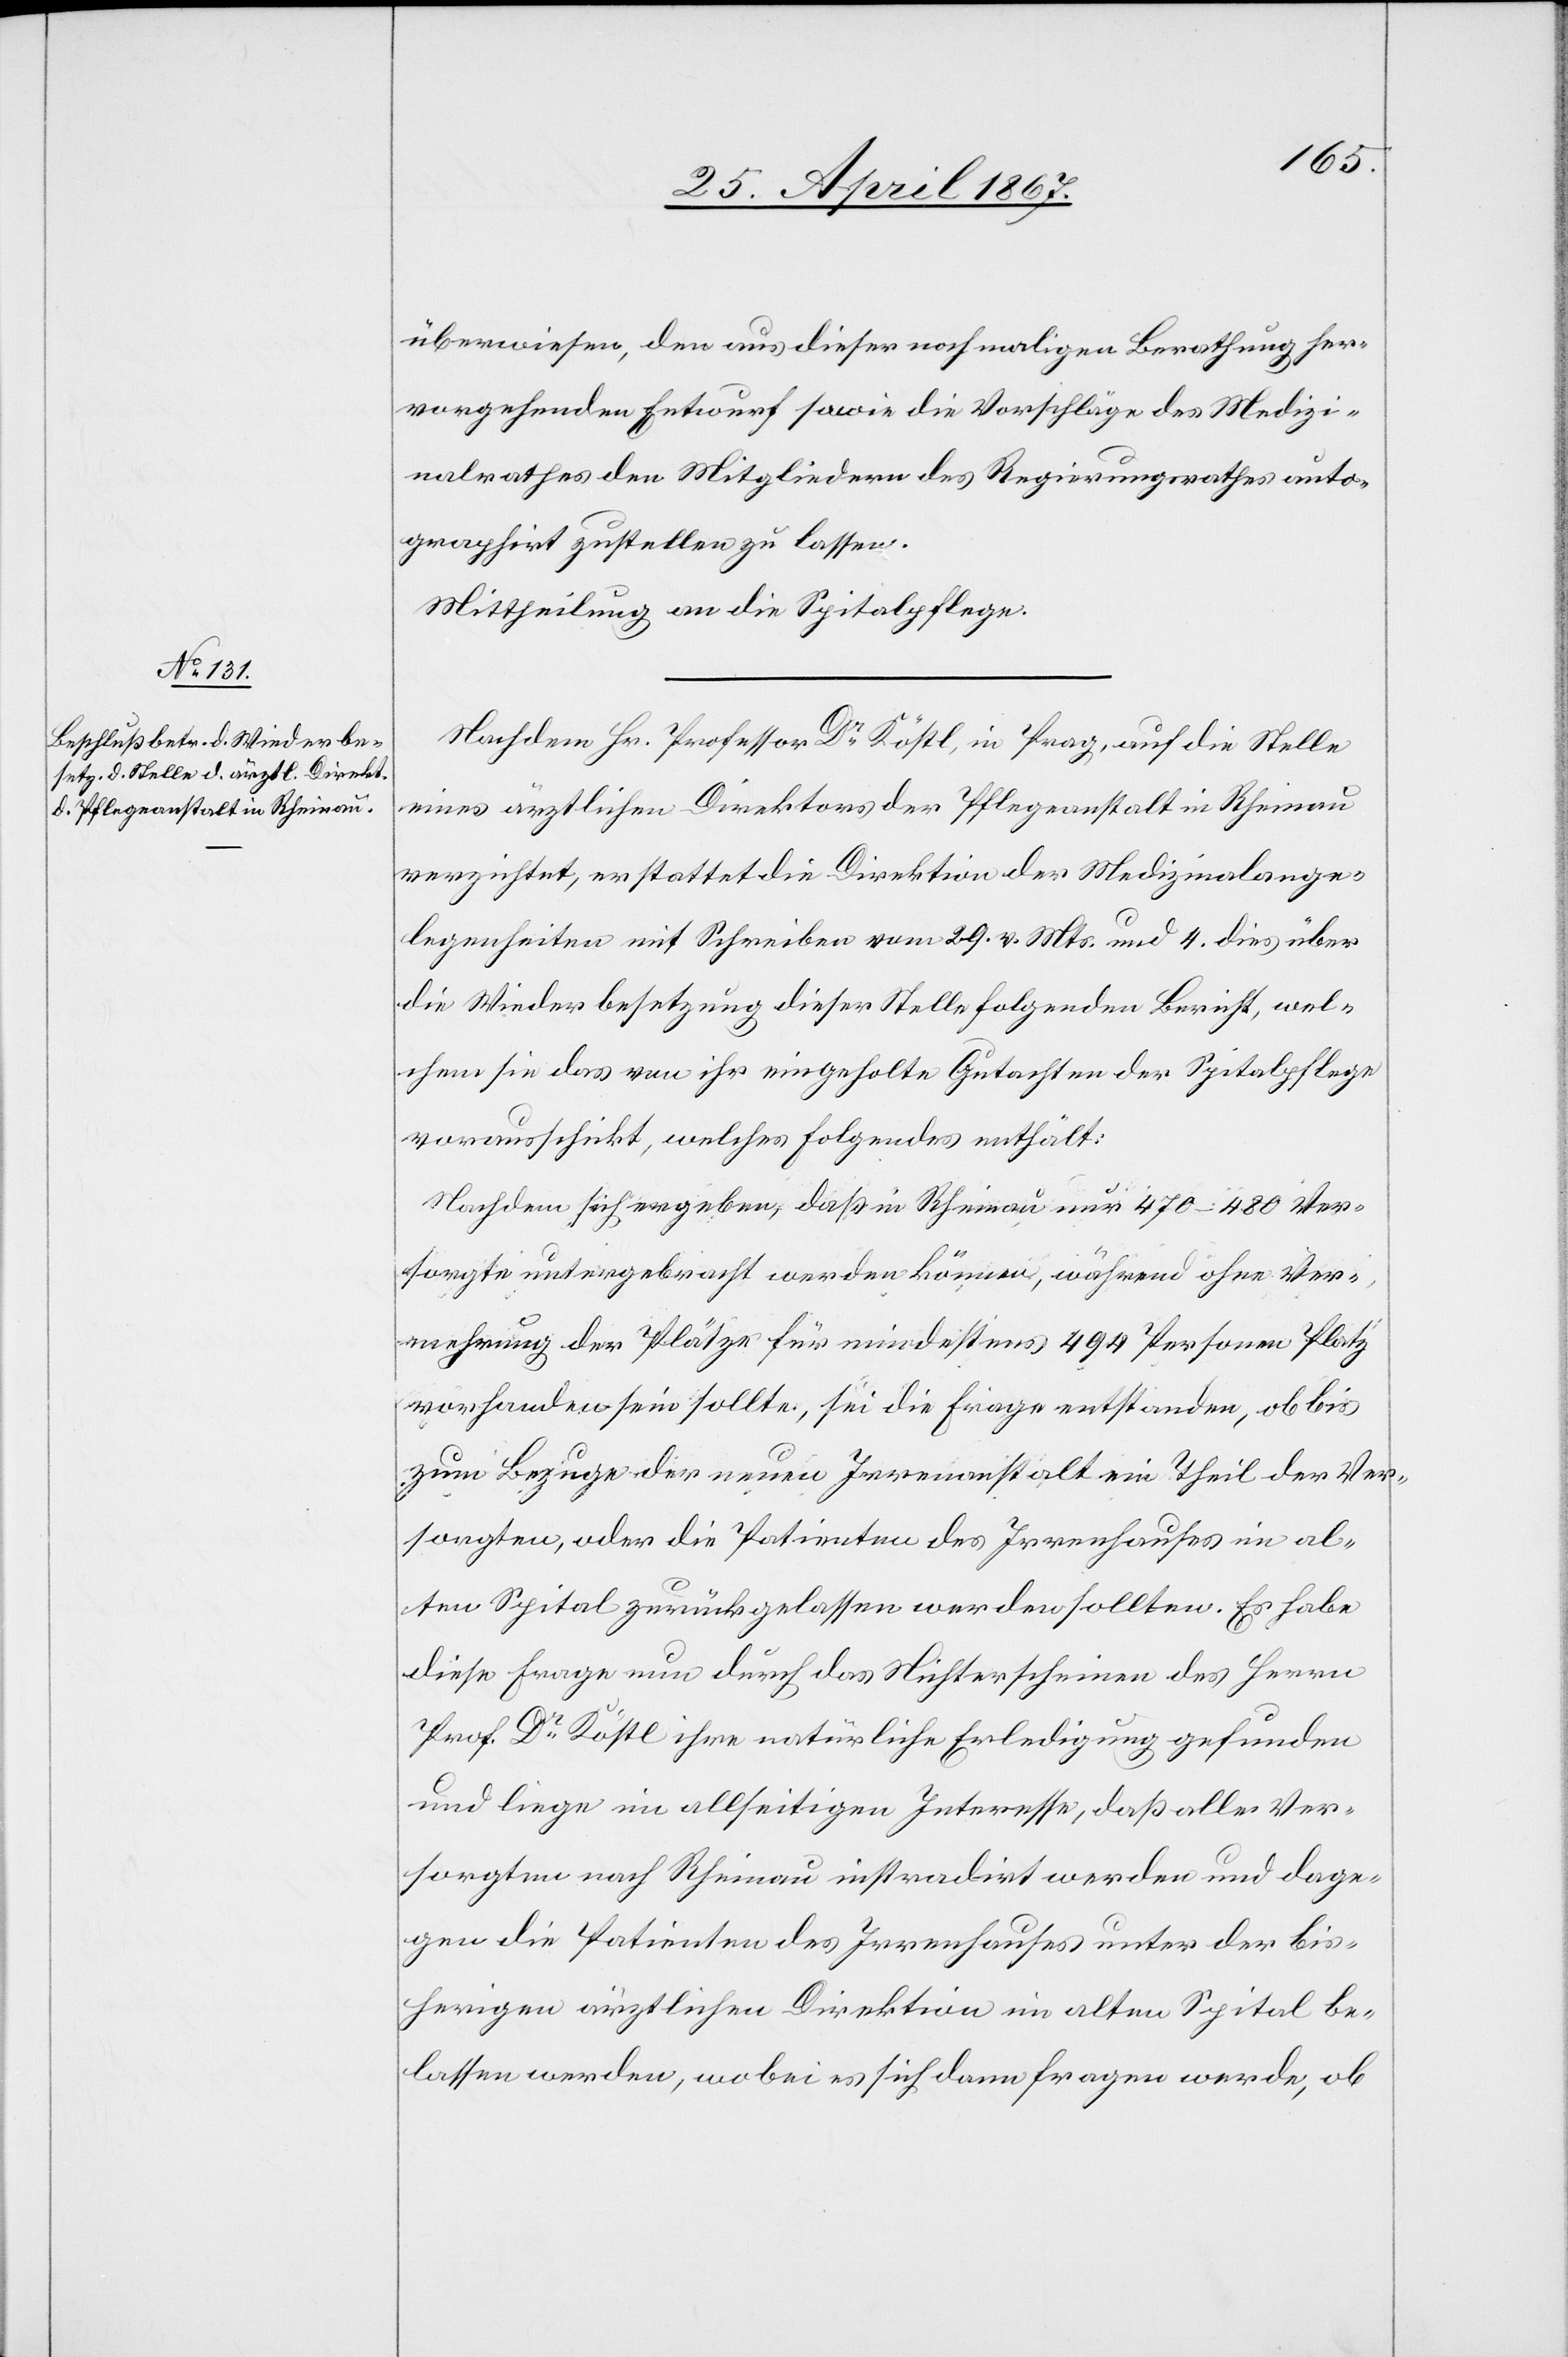
überwiesen, den aus dieser nochmaligen Berathung her¬
vorgehenden Entwurf sowie die Vorschläge des Medizi¬
nalrathes den Mitgliedern des Regierungsrathes auto¬
graphirt zustellen zu lassen.
Mittheilung an die Spitalpflege.
Nachdem Hr. Professor Dr. Köstl, in Prag, auf die Stelle
eines ärztlichen Direktors der Pflegeanstalt in Rheinau
verzichtete, erstattet die Direktion der Medizinalange¬
legenheiten mit Schreiben vom 29. v. Mts. und 4. dies über
die Wiederbesetzung dieser Stelle folgenden Bericht, wel¬
chem sie das von ihr eingeholte Gutachten der Spitalpflege
vorausschickt, welches folgendes enthält:
Nachdem sich ergeben, daß in Rheinau nur 470–480 Ver¬
sorgte untergebracht werden können, während ohne Ver¬
mehrung der Plätze für mindestens 494 Personen Platz
vorhanden sein sollte, sei die Frage entstanden, ob bis
zum Bezuge der neuen Irrenanstalt ein Theil der Ver¬
sorgten, oder die Patienten des Irrenhauses im al¬
ten Spital zurückgelassen werden sollten. Es habe
diese Frage nun durch das Nichterscheinen des Herrn
Prof Dr. Köstl ihre natürliche Erledigung gefunden
und liege im allseitigen Interesse, daß alle Ver¬
sorgten nach Rheinau instradirt werden und dage¬
gen die Patienten des Irrenhauses unter der bis¬
herigen ärztlichen Direktion im alten Spital be¬
lassen werden, wobei es sich dann fragen werde, ob